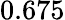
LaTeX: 0.675